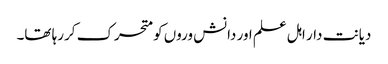
دیانت دار اہل علم اور دانش وروں کو متحرک کررہا تھا۔